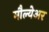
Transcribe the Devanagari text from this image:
मौल्येअर